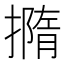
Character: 撱